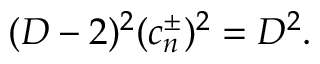
( D - 2 ) ^ { 2 } ( c _ { n } ^ { \pm } ) ^ { 2 } = D ^ { 2 } .